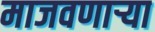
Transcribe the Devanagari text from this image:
माजवणाऱ्या